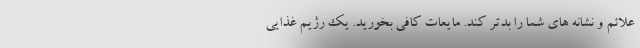
علائم و نشانه های شما را بدتر کند. مایعات کافی بخورید. یک رژیم غذایی